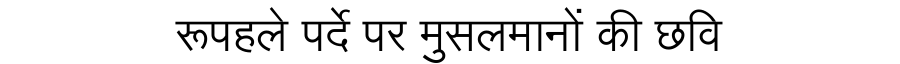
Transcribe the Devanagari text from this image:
रूपहले पर्दे पर मुसलमानों की छवि